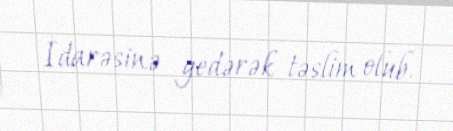
İdarəsinə gedərək təslim olub.